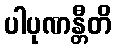
ပါပုဏန္တီတိ